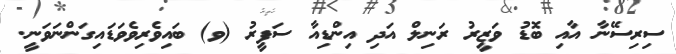
ސިރިސޭނާ އާއި ބޮޑު ވަޒީރު ރަނިލް އަދި އިންޑިއާ ސަފީރު (ވ) ބައިވެރިވެވަޑައިގަންނަވަނީ.